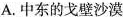
A.中东的戈壁沙漠